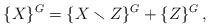
LaTeX: \begin{align*}\{X\}^G = \{X \smallsetminus Z\}^G + \{Z\}^G\,,\end{align*}